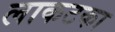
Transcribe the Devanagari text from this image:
लाकटका